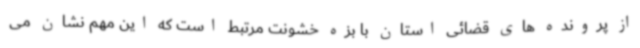
از پرونده های قضائی استان با بزه خشونت مرتبط است که این مهم نشان می